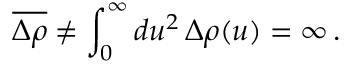
\overline { { { \Delta \rho } } } \neq \int _ { 0 } ^ { \infty } d u ^ { 2 } \, \Delta \rho ( u ) = \infty \, .